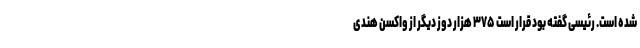
شده است. رئیسی گفته بود قرار است ۳۷۵ هزار دوز دیگر از واکسن هندی